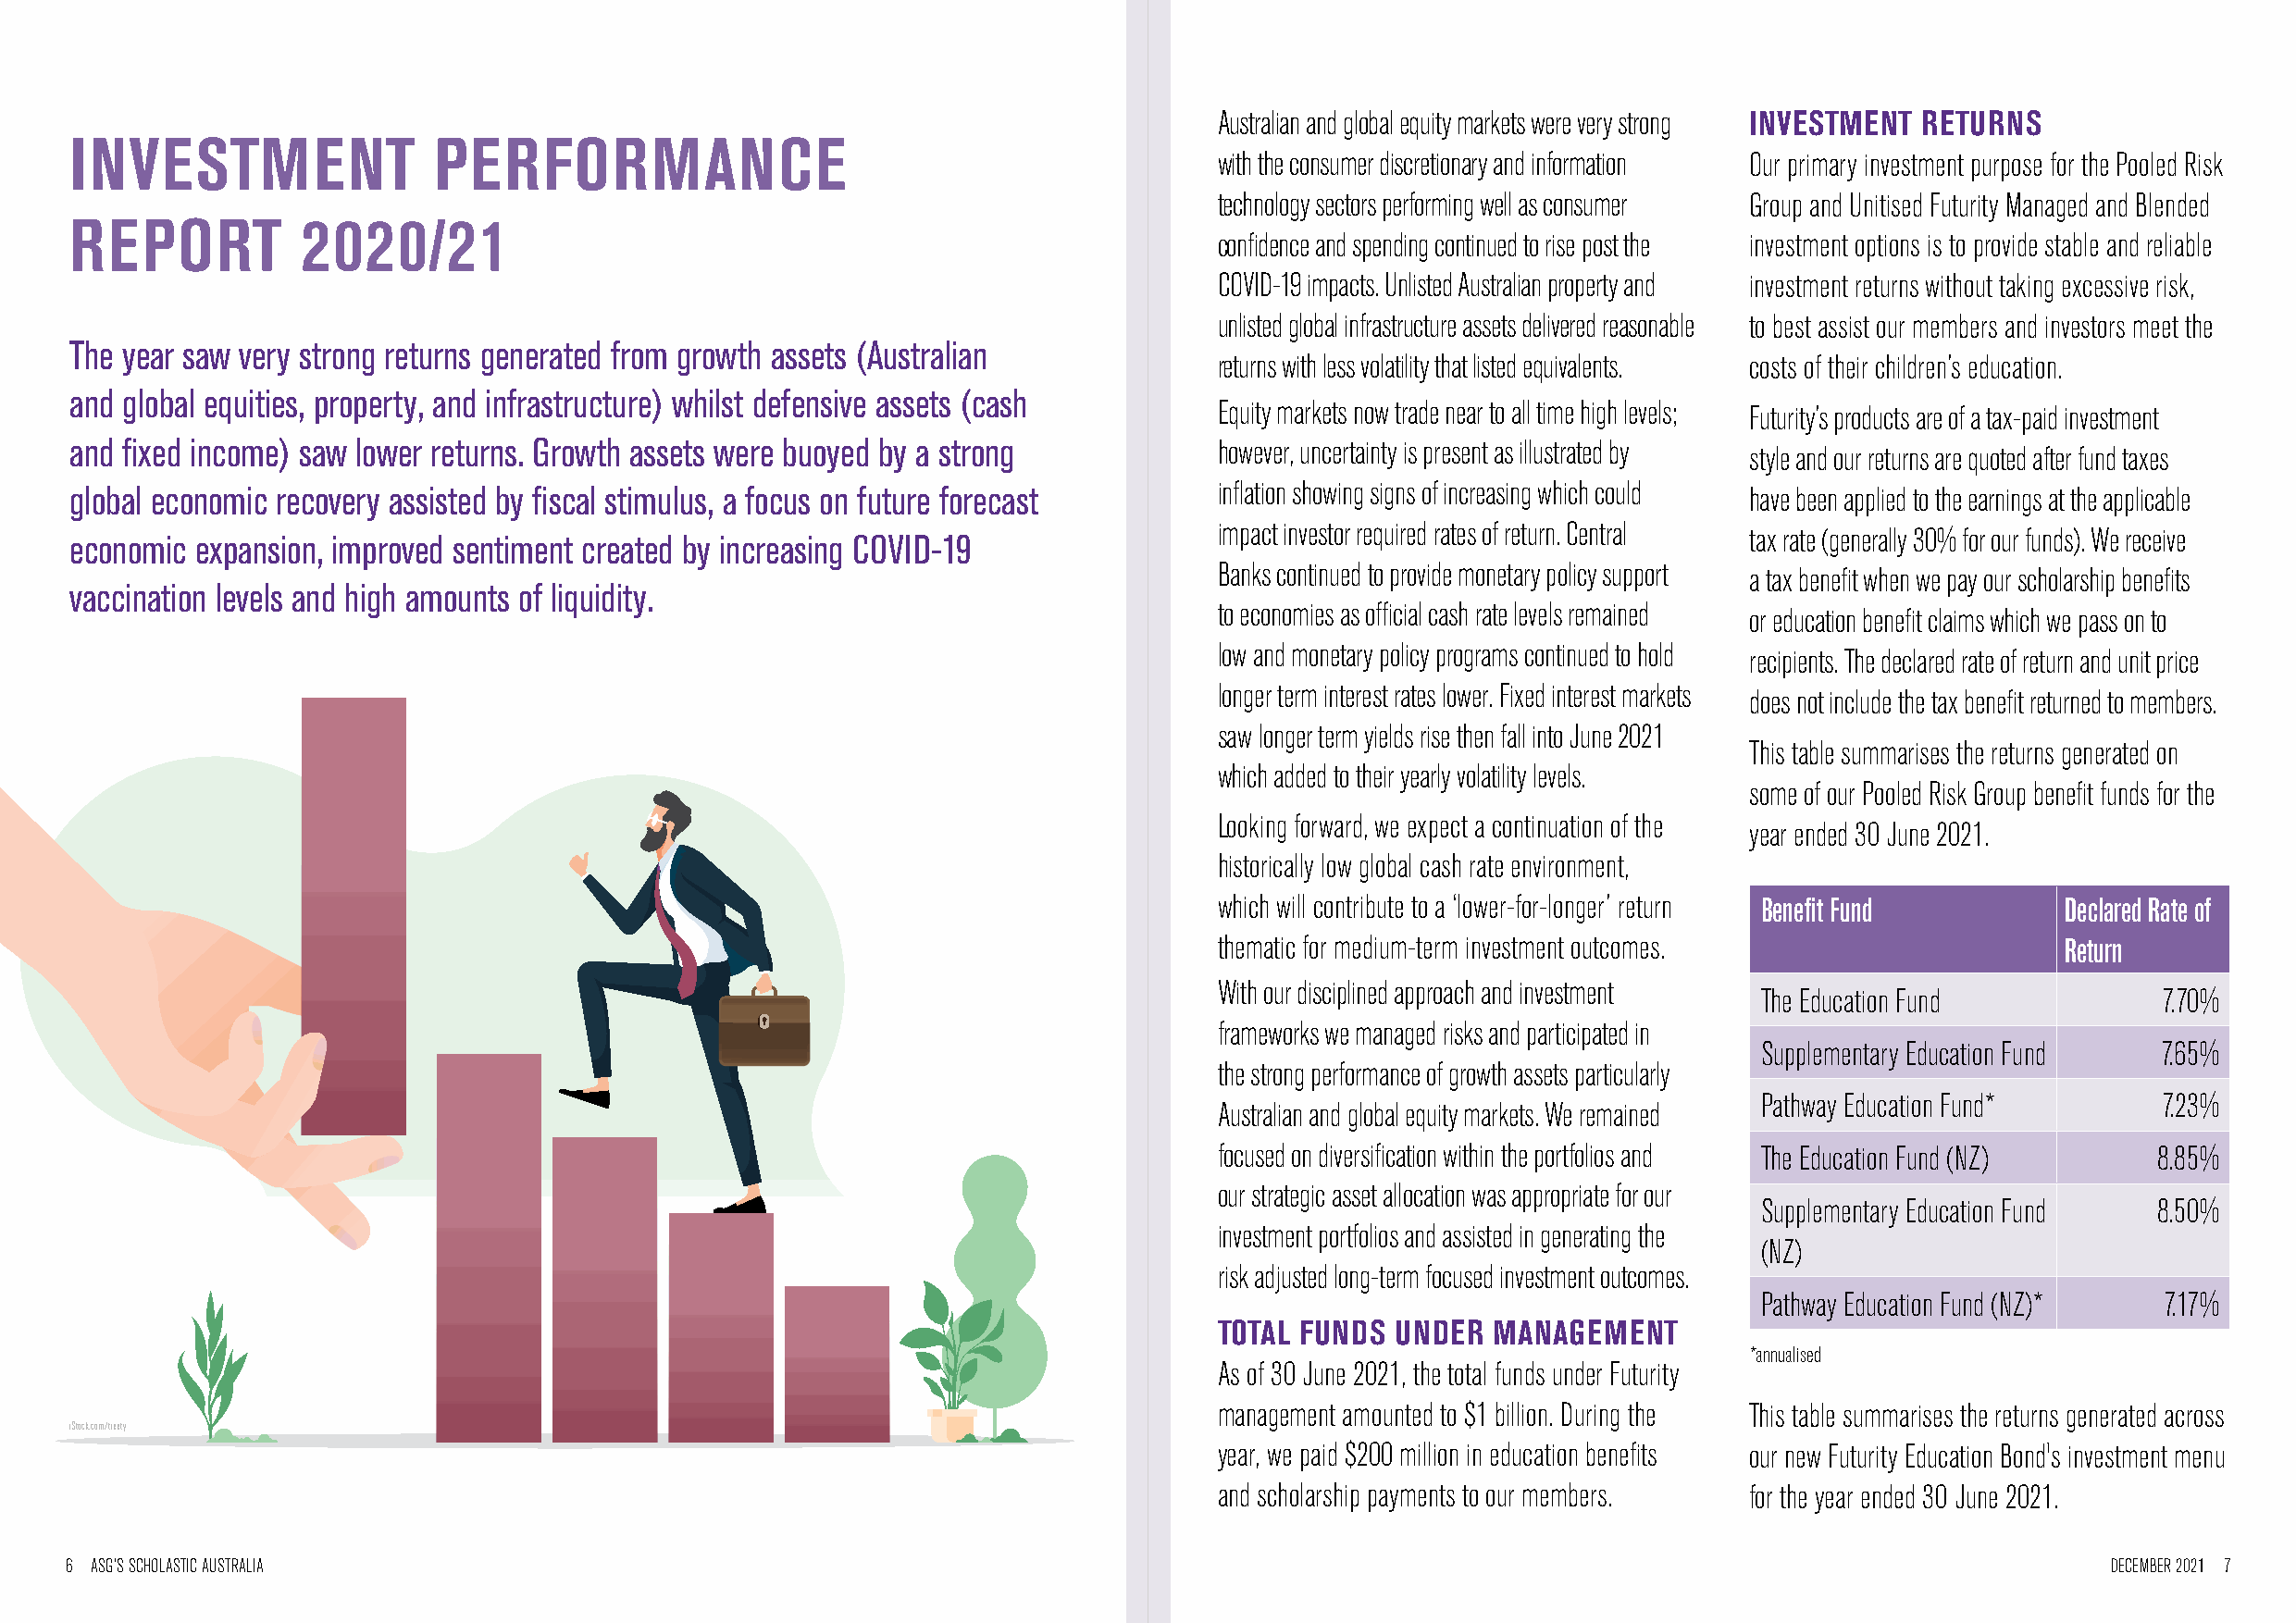
Australian and global equity markets were very strong INVESTMENT RETURNS
 INVESTMENT                PERFORMANCE
 with the consumer discretionary and information Our primary investment purpose for the Pooled Risk
 technology sectors performing well as consumer Group and Unitised Futurity Managed and Blended
 REPORT           2020/21
 confidence and spending continued to rise post the investment options is to provide stable and reliable
 COVID-19 impacts. Unlisted Australian property and investment returns without taking excessive risk,
 unlisted global infrastructure assets delivered reasonable to best assist our members and investors meet the
 The year saw very strong returns generated from growth assets (Australian
 returns with less volatility that listed equivalents. costs of their children’s education.
 and global equities, property, and infrastructure) whilst defensive assets (cash
 Equity markets now trade near to all time high levels;
 Futurity’s products are of a tax-paid investment
 and fixed income) saw lower returns. Growth assets were buoyed by a strong        however, uncertainty is present as illustrated by
 style and our returns are quoted after fund taxes
 global economic recovery assisted by fiscal stimulus, a focus on future forecast  inflation showing signs of increasing which could have been applied to the earnings at the applicable
 impact investor required rates of return. Central
 tax rate (generally 30% for our funds). We receive
 economic expansion, improved sentiment created by increasing COVID-19
 Banks continued to provide monetary policy support
 a tax benefit when we pay our scholarship benefits
 vaccination levels and high amounts of liquidity.
 to economies as official cash rate levels remained
 or education benefit claims which we pass on to
 low and monetary policy programs continued to hold
 recipients. The declared rate of return and unit price
 longer term interest rates lower. Fixed interest markets
 does not include the tax benefit returned to members.
 saw longer term yields rise then fall into June 2021
 This table summarises the returns generated on
 which added to their yearly volatility levels.
 some of our Pooled Risk Group benefit funds for the
 Looking forward, we expect a continuation of the
 year ended 30 June 2021.
 historically low global cash rate environment,
 which will contribute to a ‘lower-for-longer’ return Benefit Fund Declared Rate of
 thematic for medium-term investment outcomes.                Return
 With our disciplined approach and investment
 The Education Fund           7.70%
 frameworks we managed risks and participated in
 Supplementary Education Fund 7.65%
 the strong performance of growth assets particularly
 Pathway Education Fund*      7.23%
 Australian and global equity markets. We remained
 focused on diversification within the portfolios and The Education Fund (NZ) 8.85%
 our strategic asset allocation was appropriate for our
 Supplementary Education Fund 8.50%
 investment portfolios and assisted in generating the
 (NZ)
 risk adjusted long-term focused investment outcomes.
 Pathway Education Fund (NZ)* 7.17%
 TOTAL FUNDS  UNDER  MANAGEMENT
 *annualised
 As of 30 June 2021, the total funds under Futurity
 management amounted to $1 billion. During the This table summarises the returns generated across
 iStock.com/treety
 year, we paid $200 million in education benefits our new Futurity Education Bond's investment menu
 and scholarship payments to our members. for the year ended 30 June 2021.
 6 ASG’S SCHOLASTIC AUSTRALIA                                                                                                                      DECEMBER 2021 7